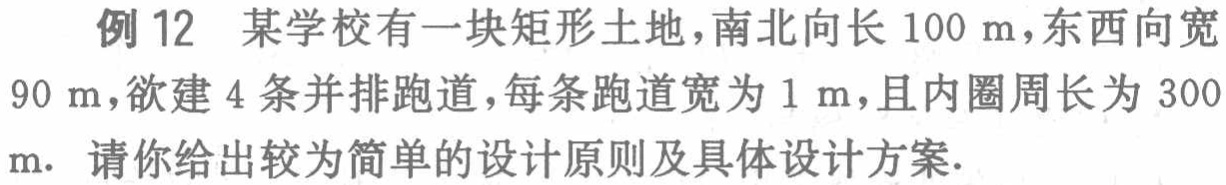
例 12 某学校有一块矩形土地，南北向长 100 m，东西向宽 90 m，欲建 4 条并排跑道，每条跑道宽为 1 m，且内圈周长为 300 m. 请你给出较为简单的设计原则及具体设计方案.